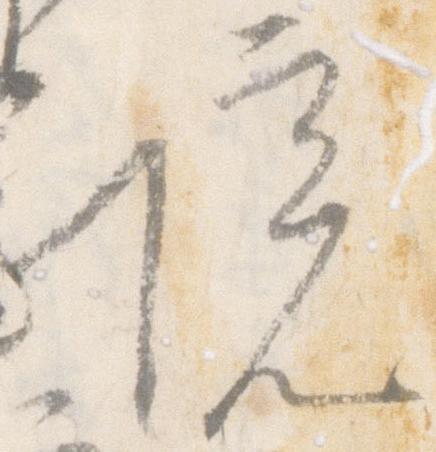
院